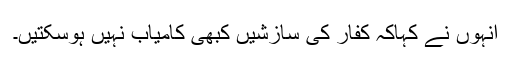
انہوں نے کہاکہ کفار کی سازشیں کبھی کامیاب نہیں ہوسکتیں۔